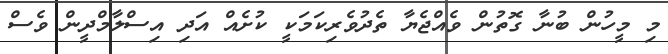
މި މީހުން ބުނާ ގޮތުން ވެއްޖެޔާ ތެދުވެރިކަމަކީ ކުށެއް އަދި އިސްލާމްދީން ވެސް